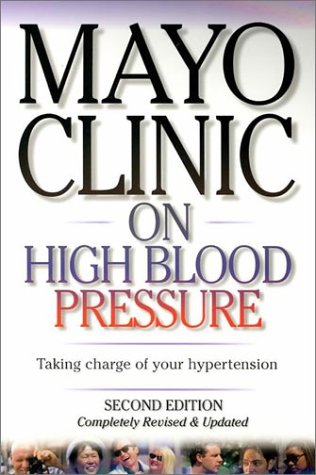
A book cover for Mayo Clinic on High Blood Pressure: Taking charge of your hypertension; Sheldon Sheps M.D.; Health, Fitness & Dieting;